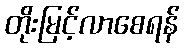
တိုးမြင့်လာစေရန်